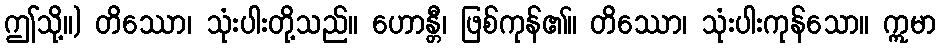
ဤသို့။) တိဿော၊ သုံးပါးတို့သည်။ ဟောန္တီ၊ ဖြစ်ကုန်၏။ တိဿော၊ သုံးပါးကုန်သော။ ဣမာ